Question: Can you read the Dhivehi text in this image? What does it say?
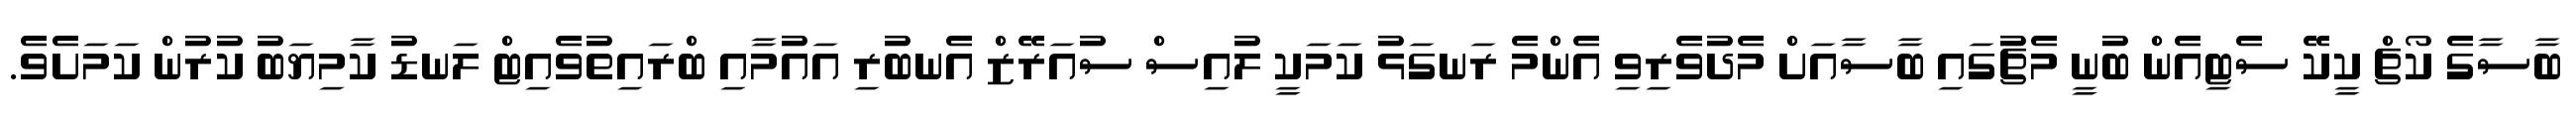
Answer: ބާސާގެ ކޯޗް ކީކޭ ސެޓިއެން ބުނީ މެޗުގައި ބާސާއަށް މެދުވެރިވި އެންމެ ރަނގަޅު ކަމަކީ ލުއިސް ސުއަރޭޒް އެނބުރި އައުމާއި ބްރައިތުވެއިޓް ލަނޑު ކާމިޔަބު ކުރުން ކަމަށެވެ.